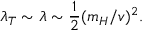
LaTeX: \lambda _ { T } \sim \lambda \sim \frac { 1 } { 2 } ( m _ { H } / v ) ^ { 2 } .